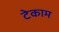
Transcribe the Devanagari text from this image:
टेकाम